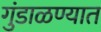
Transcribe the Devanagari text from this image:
गुंडाळण्यात